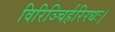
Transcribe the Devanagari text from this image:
विरिञ्चिर्हरिरधः।